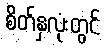
စိတ်နှလုံးတွင်